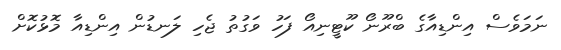
ނަމަވެސް އިންޑިއާގެ ބްރޫނޯ ކޫޓީނިއޯ ފަހު ވަގުތު ޖެހި ލަނޑުން އިިންޑިއާ މޮޅުކޮށް